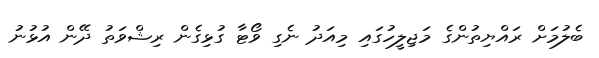
ބެލުމަށް ރައްޔިތުންގެ މަޖިލީހުގައި މިއަދު ނެގި ވޯޓާ ގުޅިގެން ރިޝްވަތު ދޭން އުޅުނު